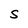
Character: S